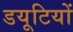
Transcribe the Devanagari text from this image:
डयूटियों